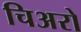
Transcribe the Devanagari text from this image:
चिअरो